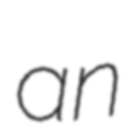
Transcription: an